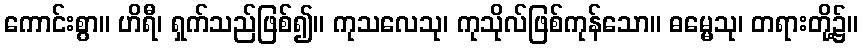
ကောင်းစွာ။ ဟိရီ၊ ရှက်သည်ဖြစ်၍။ ကုသလေသု၊ ကုသိုလ်ဖြစ်ကုန်သော။ ဓမ္မေသု၊ တရားတို့၌။